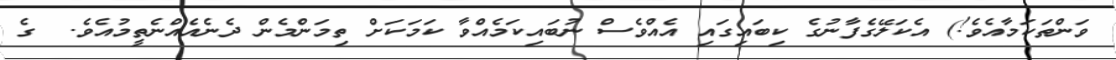
ވަންތަކަމާއެވެ!) އެކަލޭގެފާނުގެ ކިބައިގައި އެއްވެސް ނުބައިކަމެއްވާ ކަމަކަށް ތިމަންމެން ދެނެއެއްނެތީމުއެވެ.  ގެ